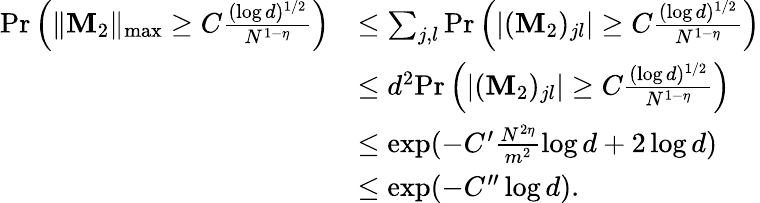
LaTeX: \begin{array}{rl}{\mathrm{Pr}\left(\| \mathbf{M}_{2}\| _{\operatorname*{max}}\geq C\frac{(\log d)^{1/2}}{N^{1-\eta}}\right)}&{\leq\sum_{j,l}\mathrm{Pr}\left(\lvert(\mathbf{M}_{2})_{jl}\rvert\geq C\frac{(\log d)^{1/2}}{N^{1-\eta}}\right)}\\ &{\leq d^{2}\mathrm{Pr}\left(\lvert(\mathbf{M}_{2})_{jl}\rvert\geq C\frac{(\log d)^{1/2}}{N^{1-\eta}}\right)}\\ &{\leq\exp(-C^{\prime}\frac{N^{2\eta}}{m^{2}}\log d+2\log d)}\\ &{\leq\exp(-C^{\prime\prime}\log d).}\end{array}